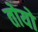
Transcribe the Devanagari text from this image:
तोयो